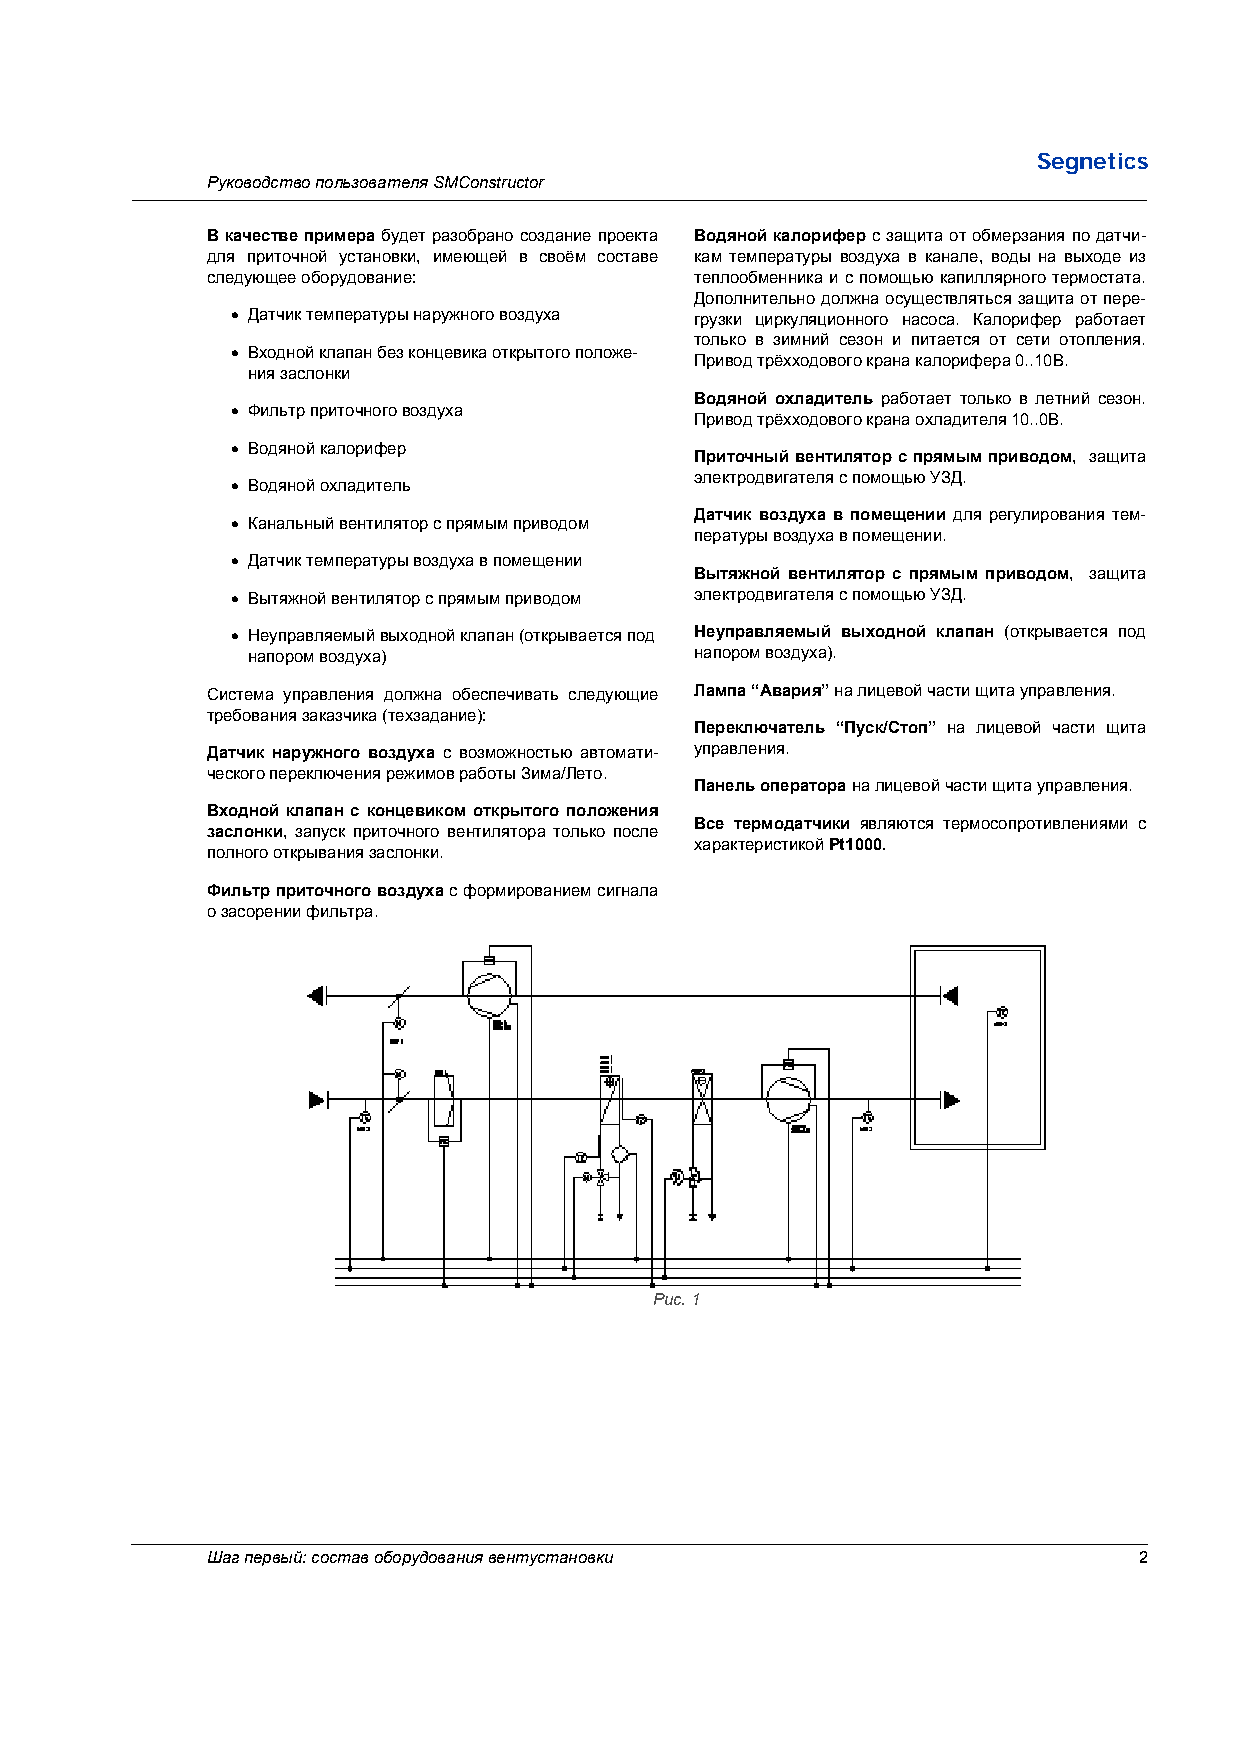
Segnetics
 Руководство пользователя SMConstructor
 В качестве примера будет разобрано создание проекта Водяной калорифер с защита от обмерзания по датчи-
 для приточной установки, имеющей в своём составе кам температуры воздуха в канале, воды на выходе из
 следующее оборудование:         теплообменника и с помощью капиллярного термостата.
 Дополнительно должна осуществляться защита от пере-
 • Датчик температуры наружного воздуха грузки циркуляционного насоса. Калорифер работает
 только в зимний сезон и питается от сети отопления.
 • Входной клапан без концевика открытого положе-
 Привод трёхходового крана калорифера 0..10В.
 ния заслонки
 Водяной охладитель работает только в летний сезон.
 • Фильтр приточного воздуха
 Привод трёхходового крана охладителя 10..0В.
 • Водяной калорифер
 Приточный вентилятор с прямым приводом, защита
 электродвигателя с помощью УЗД.
 • Водяной охладитель
 Датчик воздуха в помещении для регулирования тем-
 • Канальный вентилятор с прямым приводом
 пературы воздуха в помещении.
 • Датчик температуры воздуха в помещении
 Вытяжной вентилятор с прямым приводом, защита
 • Вытяжной вентилятор с прямым приводом электродвигателя с помощью УЗД.
 • Неуправляемый выходной клапан (открывается под Неуправляемый выходной клапан (открывается под
 напором воздуха)              напором воздуха).
 Система управления должна обеспечивать следующие Лампа “Авария” на лицевой части щита управления.
 требования заказчика (техзадание):
 Переключатель “Пуск/Стоп” на лицевой части щита
 Датчик наружного воздуха с возможностью автомати- управления.
 ческого переключения режимов работы Зима/Лето.
 Панель оператора на лицевой части щита управления.
 Входной клапан с концевиком открытого положения
 Все термодатчики являются термосопротивлениями с
 заслонки, запуск приточного вентилятора только после
 характеристикой Pt1000.
 полного открывания заслонки.
 Фильтр приточного воздуха с формированием сигнала
 о засорении фильтра.
 Рис. 1
 Шаг первый: состав оборудования вентустановки                2